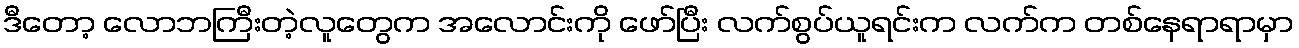
ဒီတော့ လောဘကြီးတဲ့လူတွေက အလောင်းကို ဖော်ပြီး လက်စွပ်ယူရင်းက လက်က တစ်နေရာရာမှာ